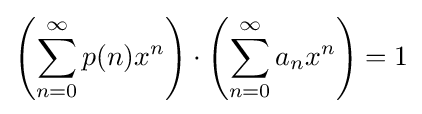
\left(\sum _{n=0}^{\infty }p(n)x^{n}\right)\cdot \left(\sum _{n=0}^{\infty }a_{n}x^{n}\right)=1